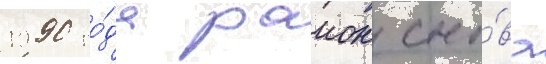
1990 го́да раион сно́ва